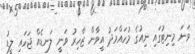
ވަނަ މިނިޓުގައި ނިއުގެ މުހައްމަދު އީވާން ޒާހިރު ވަނީ ލަނޑެއް ޖަހައި ލީޑު